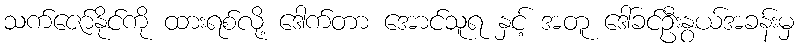
သက်ဇော်နိုင်ကို ထားရစ်လို့ ဒေါက်တာ အောင်သူရ နှင့် အတူ ဒေါ်ခင်ဦးနွယ်အခန်းမှ